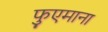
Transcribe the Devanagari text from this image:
फुएमाना